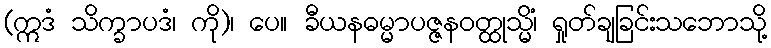
(ဣဒံ သိက္ခာပဒံ၊ ကို)၊ ပေ။ ခီယနဓမ္မာပဇ္ဇနဝတ္ထုသ္မိံ၊ ရှုတ်ချခြင်းသဘောသို့